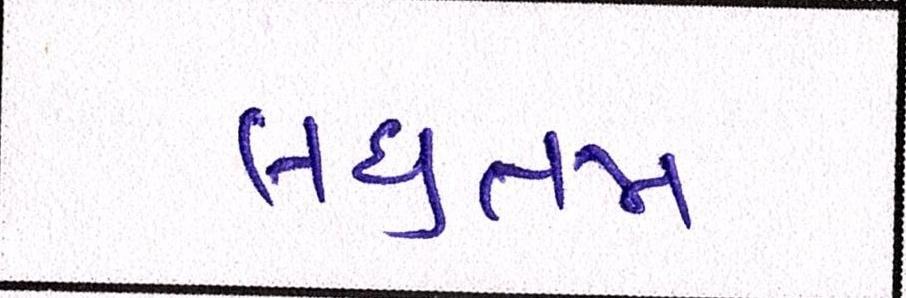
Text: લઘુત્તમ